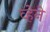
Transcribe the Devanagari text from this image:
व्हेने